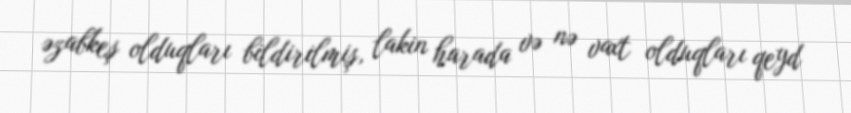
əzabkeş olduqları bildirilmiş, lakin harada və nə vaxt olduqları qeyd